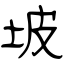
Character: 坡